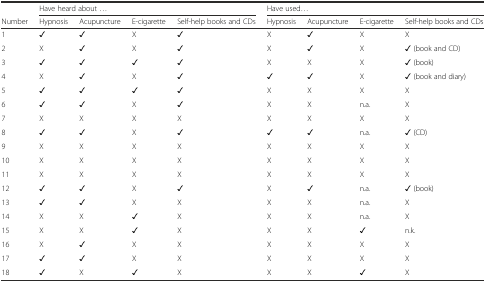
<table><thead><tr><td></td><td colspan="4"><b>Have heard about ...</b></td><td colspan="4"><b>Have used...</b></td></tr><tr><td><b>Number</b></td><td><b>Hypnosis</b></td><td><b>Acupuncture</b></td><td><b>E-cigarette</b></td><td><b>Self-help books and CDs</b></td><td><b>Hypnosis</b></td><td><b>Acupuncture</b></td><td><b>E-cigarette</b></td><td><b>Self-help books and CDs</b></td></tr></thead><tbody><tr><td>1</td><td>✓</td><td>✓</td><td>X</td><td>✓</td><td>X</td><td>✓</td><td>X</td><td>X</td></tr><tr><td>2</td><td>X</td><td>✓</td><td>X</td><td>✓</td><td>X</td><td>✓</td><td>X</td><td>✓ (book and CD)</td></tr><tr><td>3</td><td>✓</td><td>✓</td><td>✓</td><td>✓</td><td>X</td><td>X</td><td>X</td><td>✓ (book)</td></tr><tr><td>4</td><td>X</td><td>✓</td><td>X</td><td>✓</td><td>✓</td><td>✓</td><td>X</td><td>✓ (book and diary)</td></tr><tr><td>5</td><td>✓</td><td>✓</td><td>✓</td><td>✓</td><td>X</td><td>X</td><td>X</td><td>X</td></tr><tr><td>6</td><td>✓</td><td>✓</td><td>X</td><td>✓</td><td>X</td><td>X</td><td>n.a.</td><td>X</td></tr><tr><td>7</td><td>X</td><td>X</td><td>X</td><td>X</td><td>X</td><td>X</td><td>X</td><td>X</td></tr><tr><td>8</td><td>✓</td><td>✓</td><td>X</td><td>✓</td><td>✓</td><td>✓</td><td>n.a.</td><td>✓ (CD)</td></tr><tr><td>9</td><td>X</td><td>X</td><td>X</td><td>X</td><td>X</td><td>X</td><td>X</td><td>X</td></tr><tr><td>10</td><td>X</td><td>X</td><td>X</td><td>X</td><td>X</td><td>X</td><td>X</td><td>X</td></tr><tr><td>11</td><td>X</td><td>X</td><td>X</td><td>X</td><td>X</td><td>X</td><td>X</td><td>X</td></tr><tr><td>12</td><td>✓</td><td>✓</td><td>X</td><td>✓</td><td>X</td><td>✓</td><td>n.a.</td><td>✓ (book)</td></tr><tr><td>13</td><td>✓</td><td>✓</td><td>X</td><td>X</td><td>X</td><td>X</td><td>n.a.</td><td>X</td></tr><tr><td>14</td><td>X</td><td>X</td><td>✓</td><td>X</td><td>X</td><td>X</td><td>n.a.</td><td>X</td></tr><tr><td>15</td><td>X</td><td>X</td><td>✓</td><td>X</td><td>X</td><td>X</td><td>✓</td><td>n.k.</td></tr><tr><td>16</td><td>X</td><td>✓</td><td>X</td><td>X</td><td>X</td><td>X</td><td>X</td><td>X</td></tr><tr><td>17</td><td>✓</td><td>✓</td><td>X</td><td>X</td><td>X</td><td>X</td><td>X</td><td>X</td></tr><tr><td>18</td><td>✓</td><td>X</td><td>✓</td><td>X</td><td>X</td><td>X</td><td>✓</td><td>X</td></tr></tbody></table>